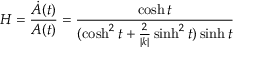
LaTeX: H = \frac { \dot { A } ( t ) } { A ( t ) } = \frac { \cosh t } { ( \cosh ^ { 2 } t + \frac { 2 } { | k | } \sinh ^ { 2 } t ) \sinh t }